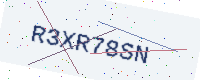
Text: R3XR78SN